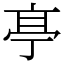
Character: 𠅘